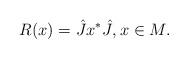
LaTeX: \begin{align*} R(x) = \hat{J}x^*\hat{J},x\in M.\end{align*}